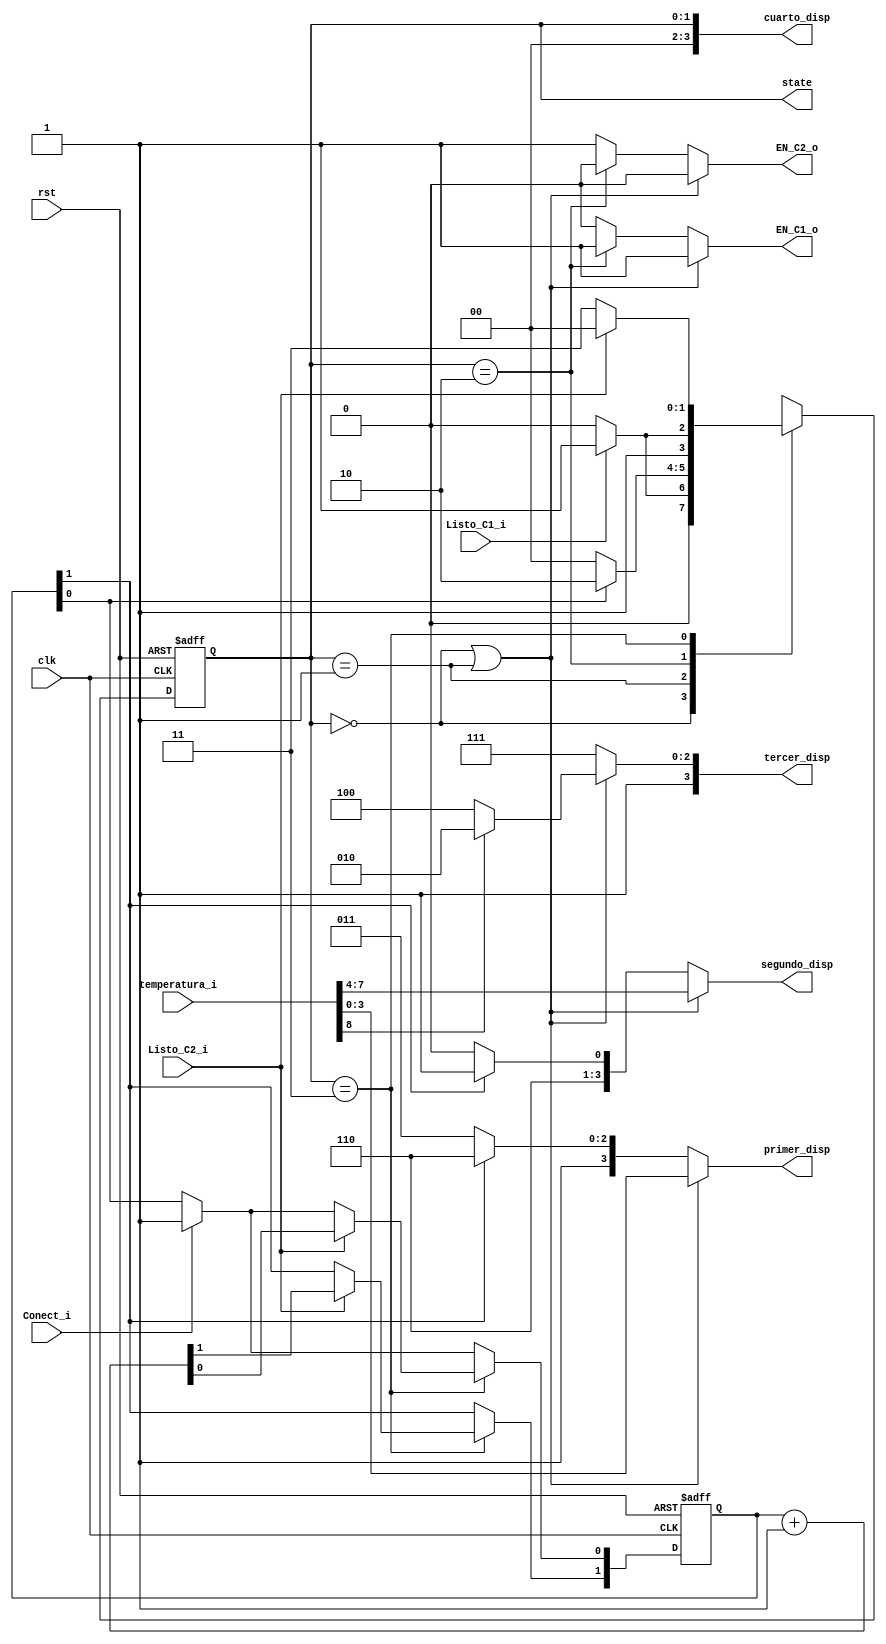
`timescale 1s / 1ms
//////////////////////////////////////////////////////////////////////////////////
// Company: 
// Engineer: 
// 
// Design Name: 
// Module Name:    FSM 
// Project Name: 
// Target Devices: 
// Tool versions: 
// Description: 
//
// Dependencies: 
//
// Revision: 
// Revision 0.01 - File Created
// Additional Comments: 
//
//////////////////////////////////////////////////////////////////////////////////
module FSM(
    input wire clk, rst, Conect_i, Listo_C1_i, Listo_C2_i,
	 input wire [8:0] temperatura_i,
    output reg EN_C1_o, EN_C2_o,
	 output reg [1:0] state,
	 output reg [3:0] primer_disp,segundo_disp,tercer_disp,cuarto_disp
    );
	 
	parameter s1=2'b00; parameter s2=2'b01;
	parameter s3=2'b10; parameter s4=2'b11;
	
	reg [1:0] Conect;
	
	
	initial 
		begin
			state <= 2'b00; EN_C1_o <= 1'b1; EN_C2_o <= 1'b0; 
			Conect <= 2'b00;
		end

//Logica del estado siguiente
always@(posedge clk or posedge rst)
	begin
		if (rst)
			begin 
				state <= s1;Conect <= 2'b00;
			end 
		else 
			begin
			//Si entra la seal Conect_i porque se concect o desconect un dispositivo
			//
				if (Conect_i == 1'b1)
					Conect [0] <= 1'b1;
				else Conect [0] <= Conect [0];
				
				case (state)
					s1: 
						begin
							if (Listo_C1_i == 1'b1)
								begin 
									state <= s2;
								end 
							else
								begin
									state <= s1;
								end
						end 
					s2: 
						begin
							if (Conect[0] == 1'b1)
								begin 
									state <= s3;
								end
							else
								begin 
									state <= s1;
								end
						end
					s3: 
						begin
							if (Listo_C1_i==1'b1)
								begin
									state <= s4;
								end
							else
								begin
									state <= s3;
								end
						end
					s4:
						begin
							if (Listo_C2_i==1'b1)
								begin
									state <= s1;
									Conect <= Conect + 1'b1; //
								end
							else 
								begin
									state <= s4;
								end
						end
				endcase
			end
	end
//Decodificador de salidas
	always@*
		begin		
			cuarto_disp <= {2'b00, state};
			if ((state == s1) | (state == s2))
					begin
						EN_C1_o <= 1'b1; EN_C2_o <= 1'b0;
						primer_disp <= temperatura_i [3:0];
						segundo_disp <= temperatura_i [7:4];
						tercer_disp <= temperatura_i [8] ? 4'hA : 4'hC;
					end
			else if (state == s3)
					begin
						EN_C1_o <= 1'b1; EN_C2_o <= 1'b0;
						primer_disp <= Conect[1]? 4'hE : 4'hB;
						segundo_disp <= Conect[1]? 4'hD : 4'hC;
						tercer_disp <= 4'hF;
					end
			else
					begin
						EN_C1_o <= 1'b0; EN_C2_o <= 1'b1;
						primer_disp <= Conect[1]? 4'hE : 4'hB;
						segundo_disp <= Conect[1]? 4'hD : 4'hC;
						tercer_disp <= 4'hF;
					end
				
		end
	
endmodule